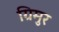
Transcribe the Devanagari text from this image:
ग्रिमुर